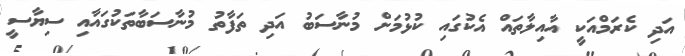
އަދި ކެރަމްއަކީ އާއިލާތައް އެކުގައި ކުޅުމަށް މުނާސަބު އަދި ތަފާތު މުނާސަބާތަކުގައާއި ސިޔާސީ